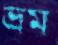
ভ্রম